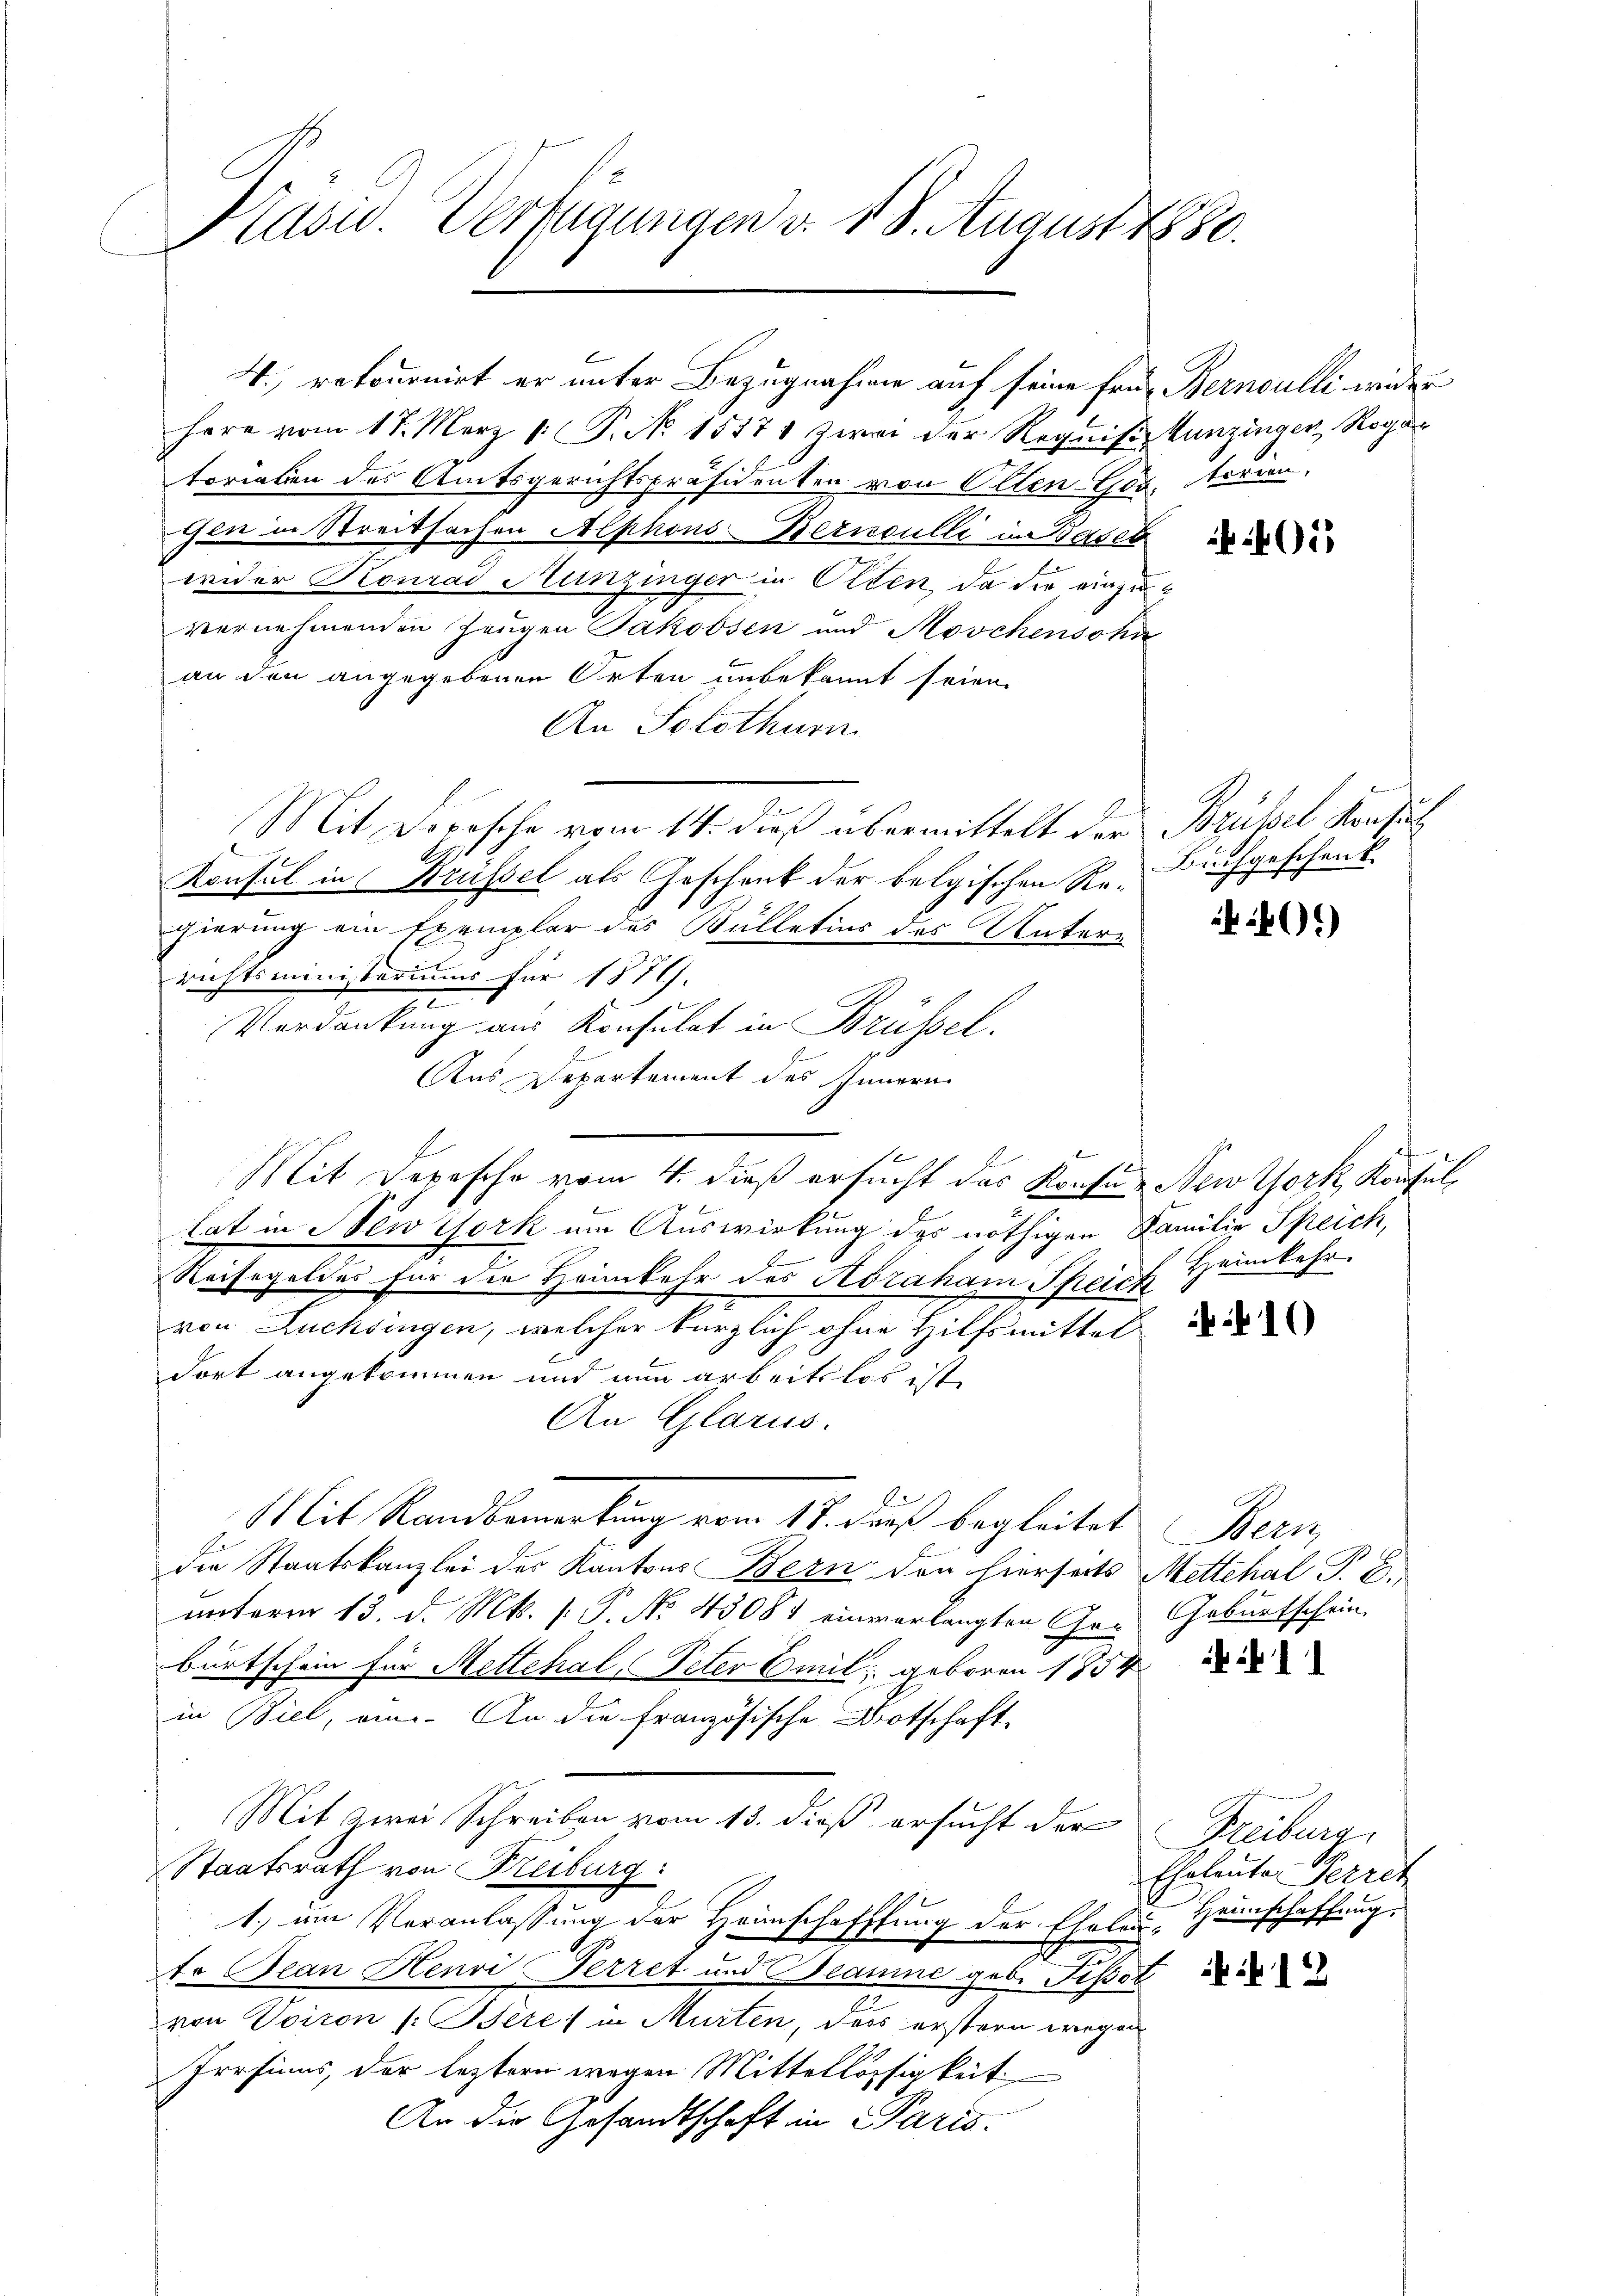
Präsid. Verfügungen v. 18. August 1880.

herr vom 17. März [ P. No 15371 zwei der Requisiz Kunzinger Rogar
torialen des Amtsgerichtspräsidenten von Olten-Ges. Norien,
gen in Streitsachen Alphons-Bernoulli in Basel
wider Konrad Hunzinger in Olten, da die einzuvernehmenden Zeugen Jakobsen und Moschenscha
an den angegebenen Orten unbekannt seien.
An Solothurn
Mit Dorische vom 14. dieß übermittelt der Brüssel Konsuch
A.
Konsul in Brüssel als Geschenk der belgischen Re- Buchgeschenk
gierung ein Exemplar des Bülletins des Unterrichtsministeriums für 1879.
e
 f
Verdankung aus Konsulat in Brüssel.
Aus Departement des Innern
tat in Newtork um Auswirkung des nöthigen Familie Speich,
Reisegeldes für die Heimkehr des Köraham Speich Heimkehr
von Züchsingen, welcher kürzlich ohne Hilfsmittel
dort angekommen und nun arbeitslos ist
An Glarus.
Mit Randbemerkung vom 18. dus begleitet. Bern
die Staatskanzlei des Kantons Bern den hierseits Metthal P. C.
unterm 13. d. Mts. 1. P. No. 45081 einverlangten Ge- Geburtschein
burtschein für Mettehal, Peter Emil; geboren 1854
in Biel, ein. An die französische Botschaft
Mit zwei Schreiben vom 13. dieß ersucht der
Staatsrath von Kreiburg:
1.) um Veranlassung der Heimschafftung der Ehelen, Heinschaffung.
E
to Jean Henri Perret und Beamne geb. Pissot
von Voiron (: Bere) in Murten, dass erstern wegen
Prrsinns, der leztern wegen Mittellössigkeit
An die Gesandtschaft in Paris.

Mit Depesche vom 4. dieß ersucht das Konsen New York, Konsul¬

4., retournirt er unter Bezugnahme auf seine Frey Bernoulli wider

401)

40.)

+10

Freiburg
Eheleute Perret

12